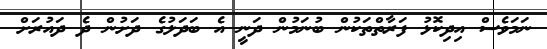
ނަމަވެސް އިދިކޮޅު ފަރާތްތަކުން ބުނަމުން ދަނީ އެ ބަދަލުގެ ދަށުން ދެ ދައުރަށް